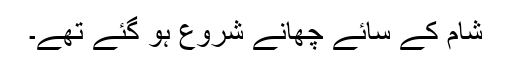
شام کے سائے چھانے شروع ہو گئے تھے۔